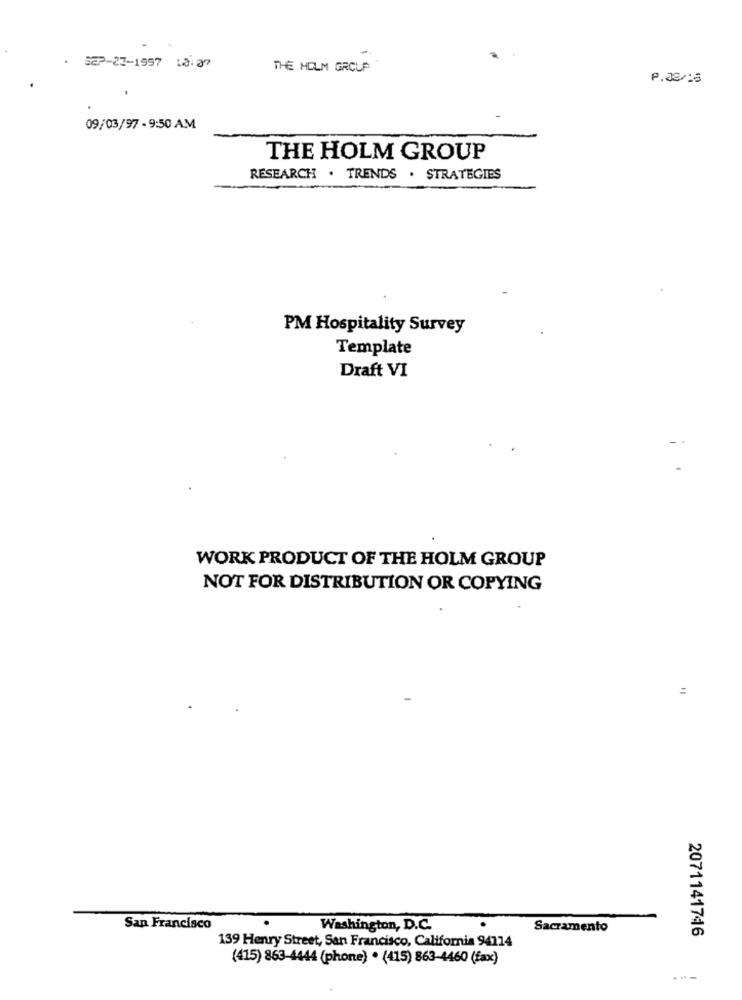
.
SGP-23-1997 18:37
THE HOLM GROUP
P.38/15
09/03/97 - 9:50 AM
THE HOLM GROUP
RESEARCH . TRENDS . STRATEGIES
PM Hospitality Survey
Template
Draft VI
WORK PRODUCT OF THE HOLM GROUP
NOT FOR DISTRIBUTION OR COPYING
=
San Francisco
Washington, D.C.
Sacramento
139 Henry Street, San Francisco, California 94114
2071141746
(415) 863-4444 (phone) . (415) 863-4460 (fax)